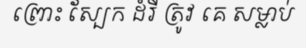
ព្រោះ ស្បែក ដំរី ត្រូវ គេ សម្លាប់